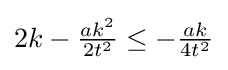
{\textstyle 2k-{\frac {ak^{2}}{2t^{2}}}\leq -{\frac {ak}{4t^{2}}}}